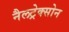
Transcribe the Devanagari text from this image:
नैलट्रेक्सोन